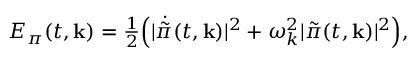
{ \cal E } _ { \pi } ( t , { \bf k } ) = { \textstyle { \frac { 1 } { 2 } } } \Bigl ( \vert \dot { \tilde { \pi } } ( t , { \bf k } ) \vert ^ { 2 } + \omega _ { k } ^ { 2 } \vert \tilde { \pi } ( t , { \bf k } ) \vert ^ { 2 } \Bigr ) ,